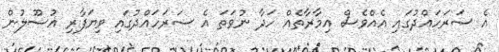
އެ ސަރަހައްދުގައި އެއްވެސް އިމާރާތެއް ހަދާ ނުވަތަ އެ ސަރަހައްދުގައި ވިޔަފާރި އުސޫލުން